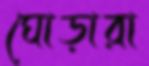
ঘোড়ারা